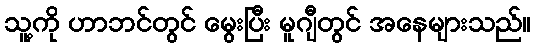
သူ့ကို ဟာဘင်တွင် မွေးပြီး မူဂျီတွင် အနေများသည်။